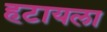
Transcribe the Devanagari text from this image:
हटायला